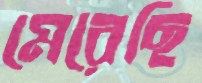
মেরেছি